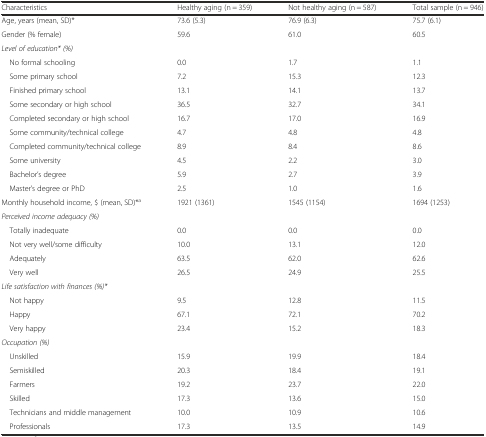
| Characteristics | Healthy aging (n = 359) | Not healthy aging (n = 587) | Total sample (n = 946) |
 | --- | --- | --- | --- |
 | Age, years (mean, SD)* | 73.6 (5.3) | 76.9 (6.3) | 75.7 (6.1) |
 | Gender (% female) | 59.6 | 61.0 | 60.5 |
 | Level of education* (%) |  |  |  |
 | No formal schooling | 0.0 | 1.7 | 1.1 |
 | Some primary school | 7.2 | 15.3 | 12.3 |
 | Finished primary school | 13.1 | 14.1 | 13.7 |
 | Some secondary or high school | 36.5 | 32.7 | 34.1 |
 | Completed secondary or high school | 16.7 | 17.0 | 16.9 |
 | Some community/technical college | 4.7 | 4.8 | 4.8 |
 | Completed community/technical college | 8.9 | 8.4 | 8.6 |
 | Some university | 4.5 | 2.2 | 3.0 |
 | Bachelor’s degree | 5.9 | 2.7 | 3.9 |
 | Master’s degree or PhD | 2.5 | 1.0 | 1.6 |
 | Monthly household income, $ (mean, SD)*a | 1921 (1361) | 1545 (1154) | 1694 (1253) |
 | Perceived income adequacy (%) |  |  |  |
 | Totally inadequate | 0.0 | 0.0 | 0.0 |
 | Not very well/some difficulty | 10.0 | 13.1 | 12.0 |
 | Adequately | 63.5 | 62.0 | 62.6 |
 | Very well | 26.5 | 24.9 | 25.5 |
 | Life satisfaction with finances (%)* |  |  |  |
 | Not happy | 9.5 | 12.8 | 11.5 |
 | Happy | 67.1 | 72.1 | 70.2 |
 | Very happy | 23.4 | 15.2 | 18.3 |
 | Occupation (%) |  |  |  |
 | Unskilled | 15.9 | 19.9 | 18.4 |
 | Semiskilled | 20.3 | 18.4 | 19.1 |
 | Farmers | 19.2 | 23.7 | 22.0 |
 | Skilled | 17.3 | 13.6 | 15.0 |
 | Technicians and middle management | 10.0 | 10.9 | 10.6 |
 | Professionals | 17.3 | 13.5 | 14.9 |